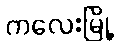
ကလေးမြို့